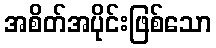
အစိတ်အပိုင်းဖြစ်သော